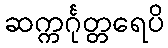
ဆက္ကင်္ဂုတ္တရေပိ